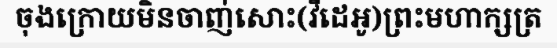
ចុងក្រោយមិនចាញ់សោះ(វីដេអូ)ព្រះមហាក្សត្រ